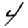
Digit: 4